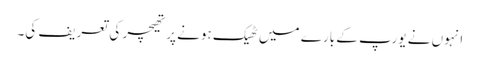
انہوں نے یورپ کے بارے میں ٹھیک ہونے پر تھیچر کی تعریف کی۔